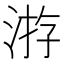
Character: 㳺